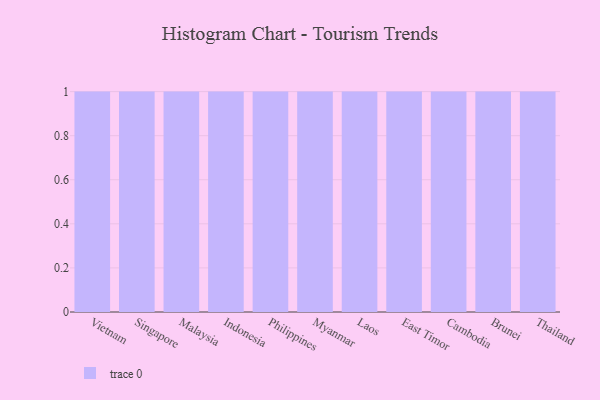
{"axis": {"x": "Country", "y": "Gross Profit (USD K)"}, "legend": [""], "data": [{"x": "Vietnam", "y": 77, "type": ""}, {"x": "Singapore", "y": 53, "type": ""}, {"x": "Malaysia", "y": 94, "type": ""}, {"x": "Indonesia", "y": 55, "type": ""}, {"x": "Philippines", "y": 91, "type": ""}, {"x": "Myanmar", "y": 47, "type": ""}, {"x": "Laos", "y": 27, "type": ""}, {"x": "East Timor", "y": 99, "type": ""}, {"x": "Cambodia", "y": 87, "type": ""}, {"x": "Brunei", "y": 15, "type": ""}, {"x": "Thailand", "y": 52, "type": ""}]}